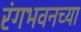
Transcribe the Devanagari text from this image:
रंगभवनच्या